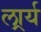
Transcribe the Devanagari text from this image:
लार्र्य